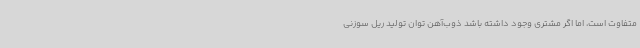
متفاوت است، اما اگر مشتری وجود داشته باشد ذوب‌آهن توان تولید ریل سوزنی